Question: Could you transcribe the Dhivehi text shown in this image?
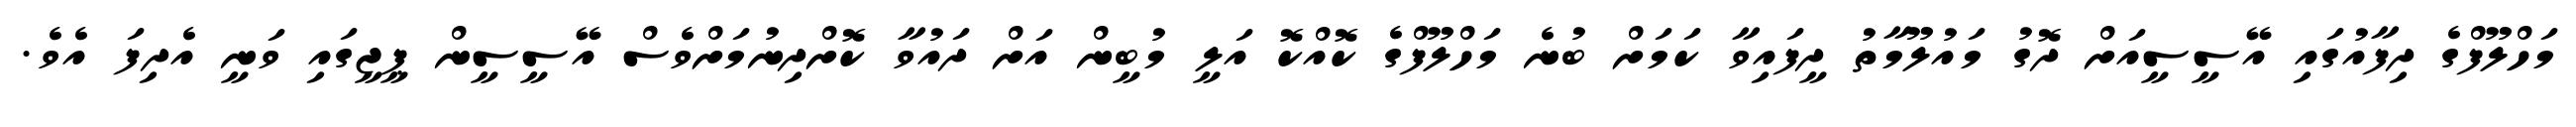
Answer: މަހްލޫފްގެ ދިފާއުގައި އޭސީސީއަށް ދޮގު މައުލޫމާތު ދީފައިވާ ކަމަށް ބުނެ މަހްލޫފްގެ ކޮއްކޮ އަލީ މުބީން އަށް ދައުވާ ކޮށްދިނުމަށްވެސް އޭސީސީން ޕީޖީގައި ވަނީ އެދިފަ އެވެ.